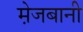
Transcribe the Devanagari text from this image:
मे़जबानी